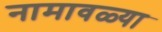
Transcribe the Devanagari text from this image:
नामावळ्या